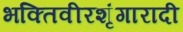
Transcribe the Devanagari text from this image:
भक्तिवीरशृंगारादी